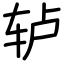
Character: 轳